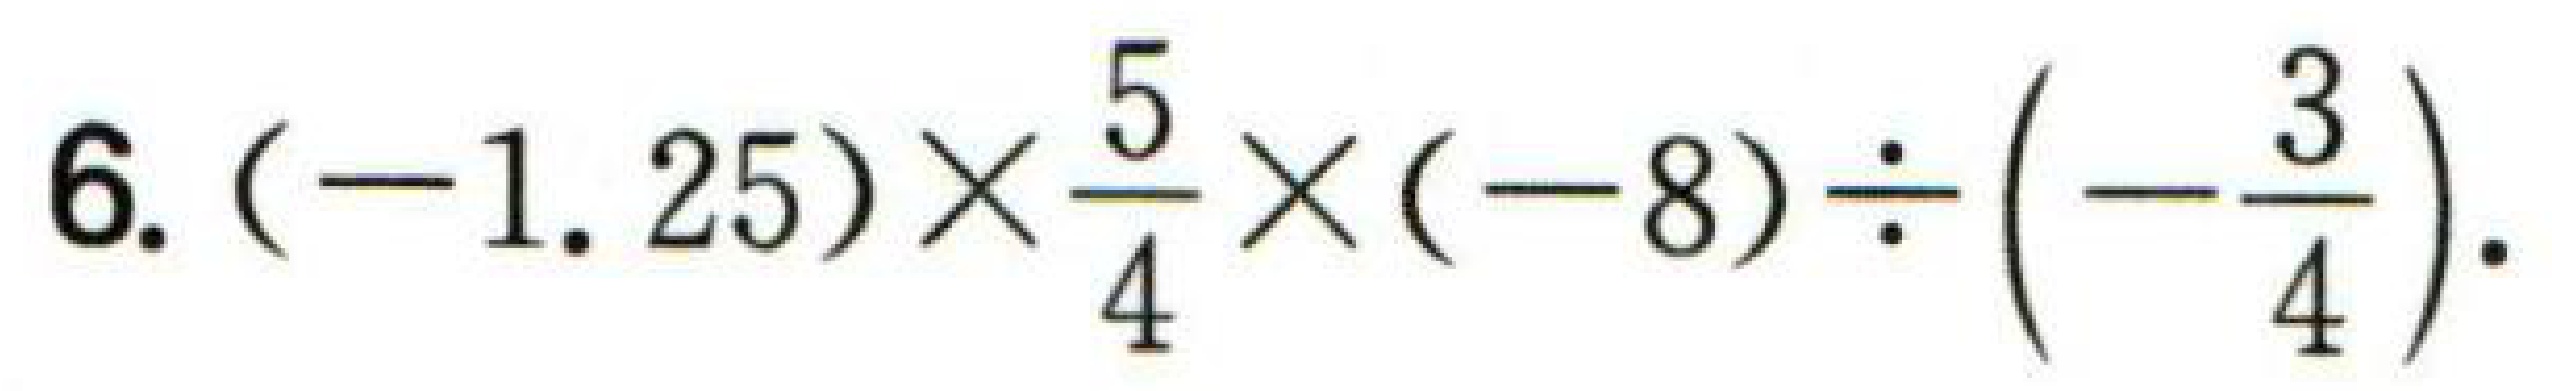
6. \((-1.25)\times\dfrac{5}{4}\times(-8)\div\left(-\dfrac{3}{4}\right)\).